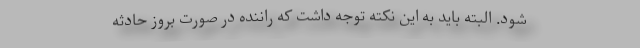
شود. البته باید به این نکته توجه داشت که راننده در صورت بروز حادثه